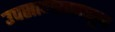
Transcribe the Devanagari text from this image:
उपसागरापासून